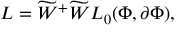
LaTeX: L = { \widetilde { W } } ^ { + } \widetilde { W } L _ { 0 } ( \Phi , \partial \Phi ) ,